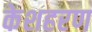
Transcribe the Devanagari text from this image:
केशहरण